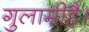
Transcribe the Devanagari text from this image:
गुलामीहै।